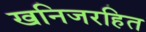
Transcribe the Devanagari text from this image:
खनिजरहित